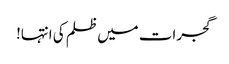
گجرات میں ظلم کی انتہا!